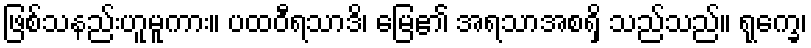
ဖြစ်သနည်းဟူမူကား။ ပထဝီရသာဒိ၊ မြေ၏ အရသာအစရှိ သည်သည်။ ရုက္ခေ၊